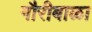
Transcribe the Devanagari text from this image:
गौरीबाळा